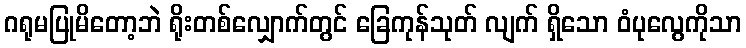
ဂရုမပြုမိတော့ဘဲ ရိုးတစ်လျှောက်တွင် ခြေကုန်သုတ် လျက် ရှိသော ဝံပုလွေကိုသာ